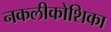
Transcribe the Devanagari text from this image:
नकलीकोशिका